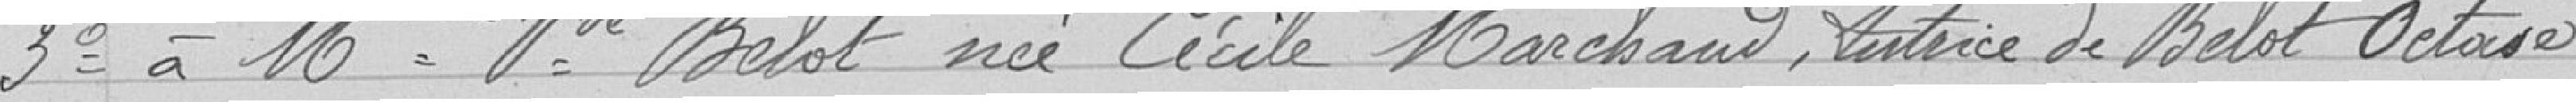
3° à Mme Vve Belot née Cécile Marchand, Autrice de Belot Octave